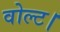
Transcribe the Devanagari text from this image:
वोल्ट।